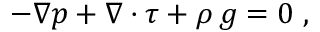
- \nabla p + \nabla \cdot \boldsymbol { \tau } + \rho \, \boldsymbol { g } = 0 \; ,